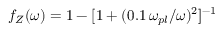
f _ { Z } ( \omega ) = 1 - [ 1 + ( 0 . 1 \, \omega _ { p l } / \omega ) ^ { 2 } ] ^ { - 1 }